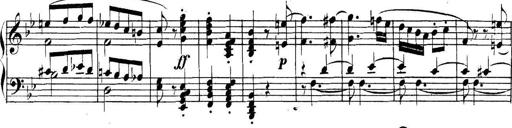
Title: Collected Piano Sonatas
Composer: Muzio Clementi